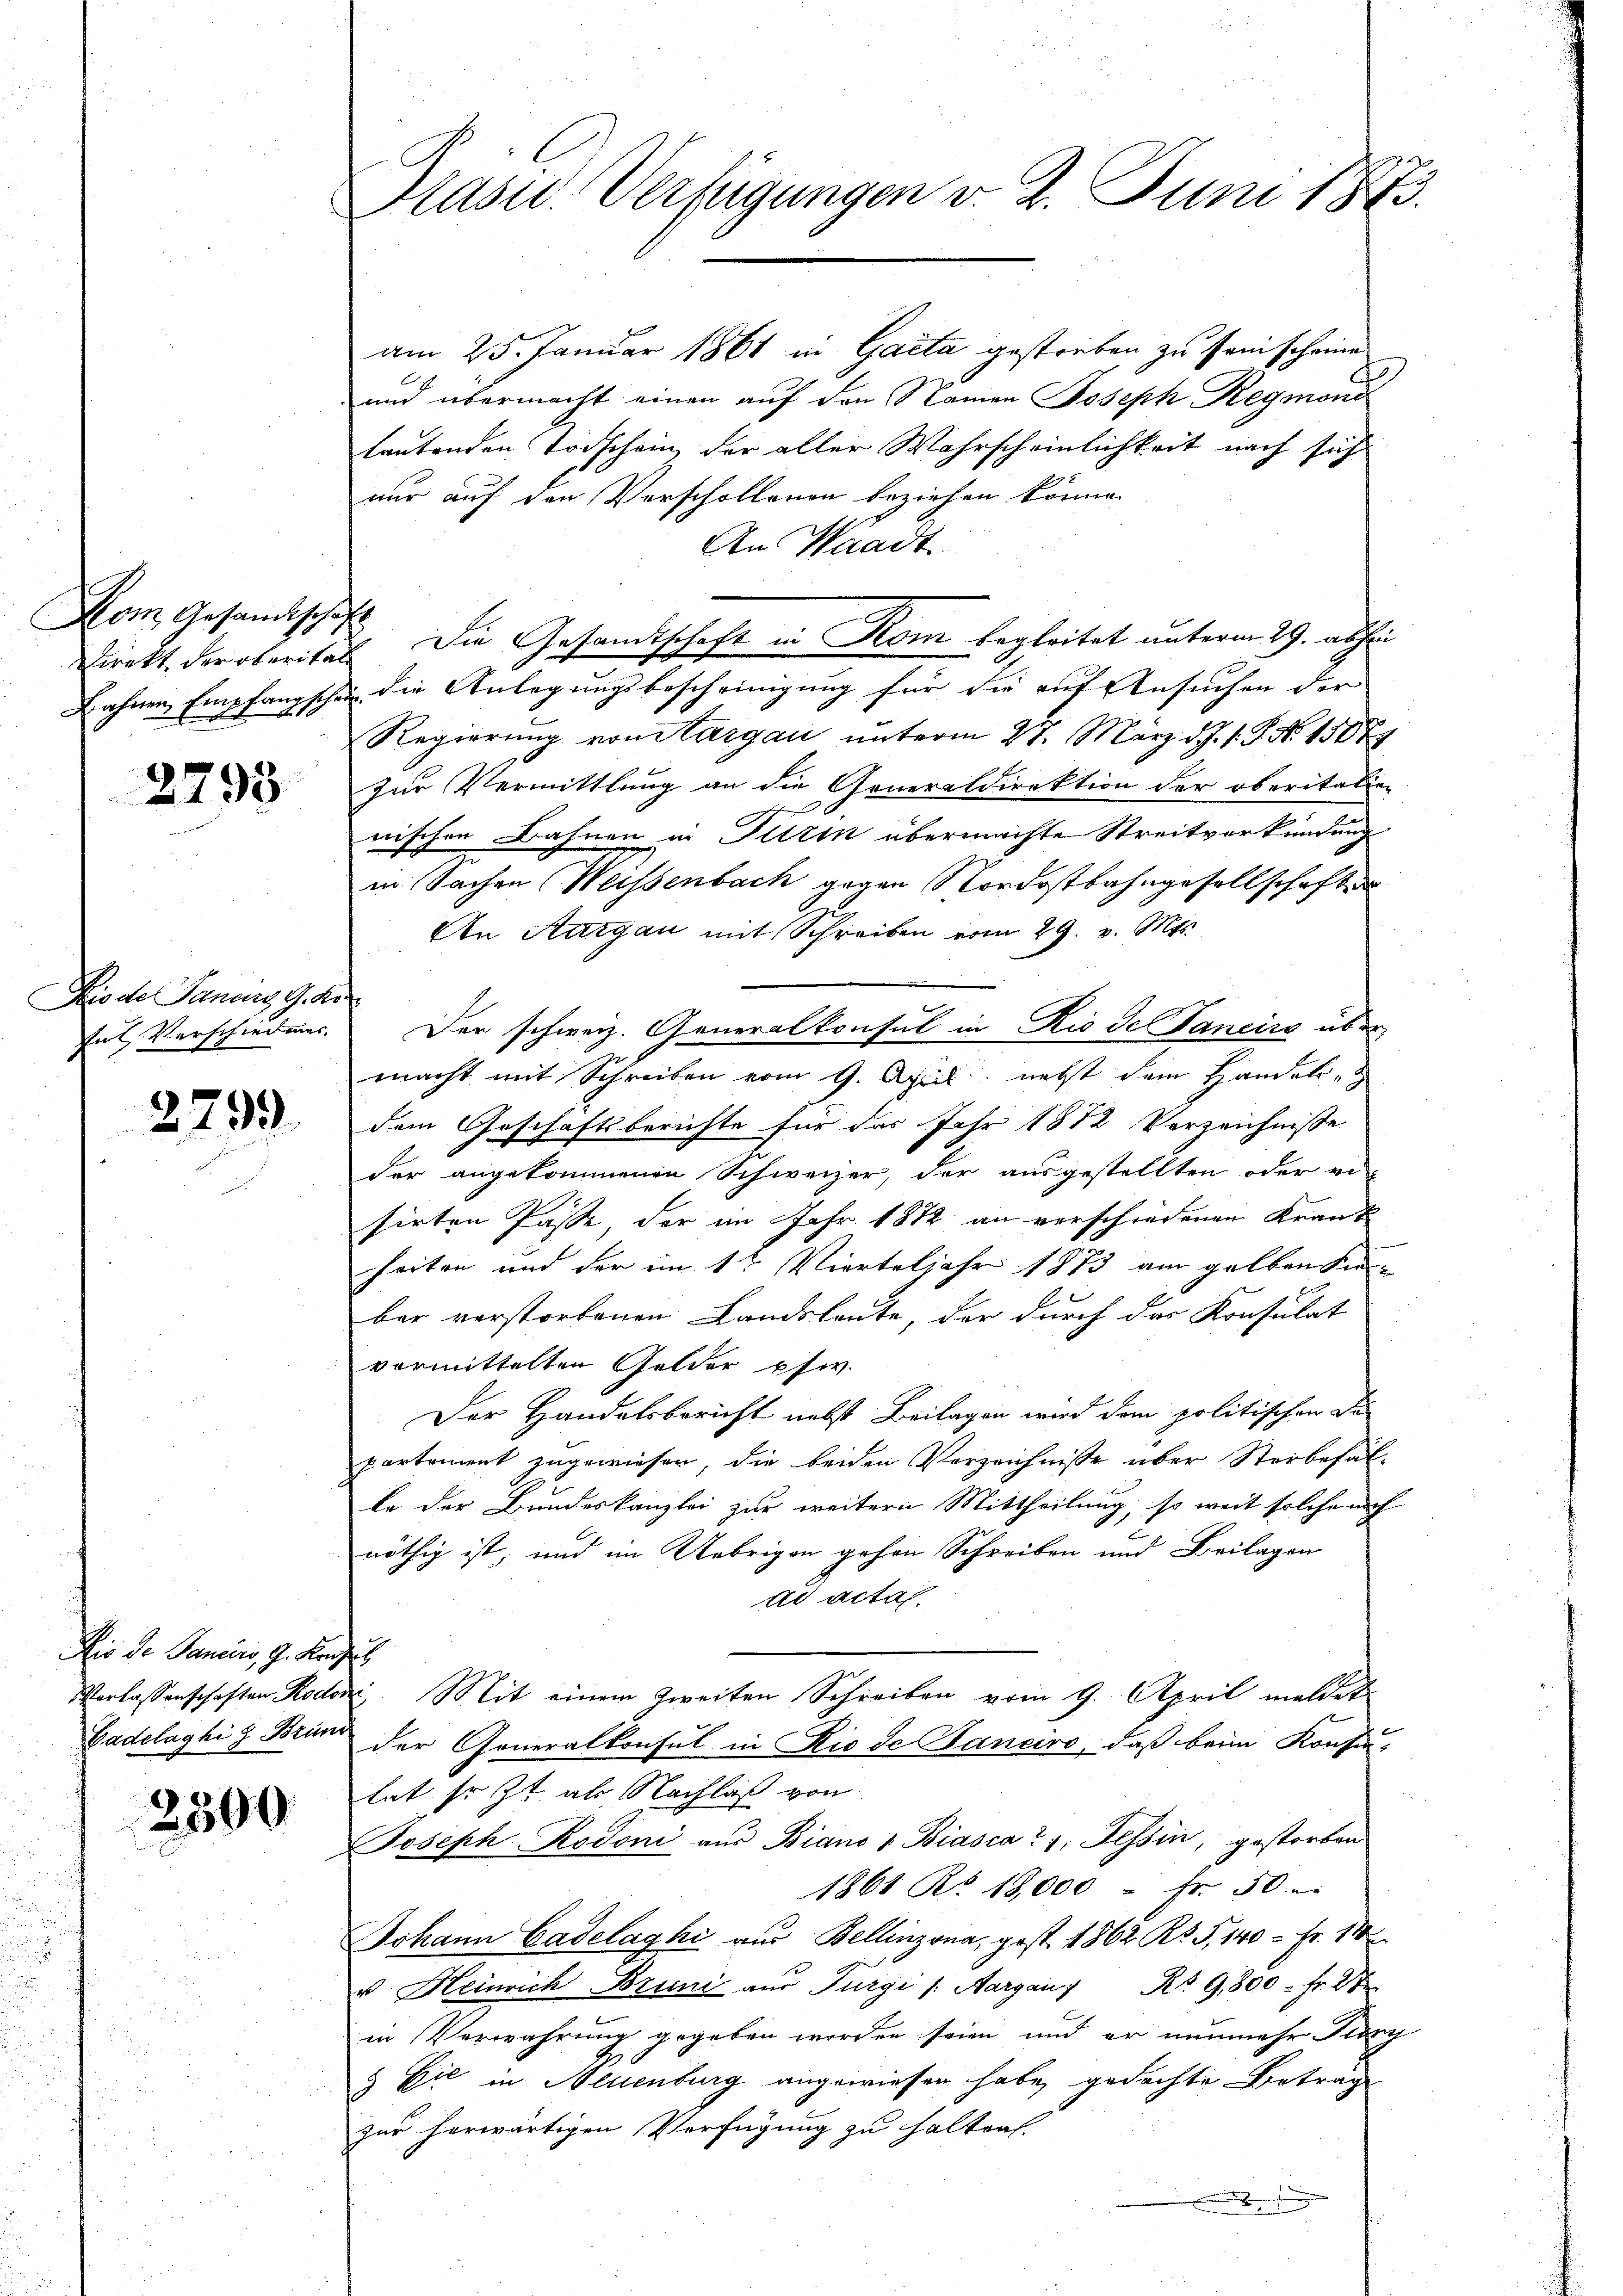
Hom Gesandtschaft

2793

Fio der Janus G. K.

2799

Ris de Pancirs, G. Konzes

2390

f

am 25. Januar 1861 in Gacta gestreben zu senscheine
und übermacht einen auf den Namen Joseph Regmond
lautenden Todschein, der aller Wahrscheinlichkeit nach sich
nur auf den Verschollenen beziehen könne.
An Waadt
Direkt der oberitat. Die Gesandtschaft in Rom begleitet unterm 29. abhin
Lahnen Empfangschen die Anlegungsbescheinigung für die auf Ansuchen der
Regierŭng vom targau ŭnterm 27. März d. J. 1. P. Nr. 1507
zur Vermittlung an die Generaldirektion der oberitalien
nischen Bahnen in Turin übermachte Streitverkündung
in Sachen Weissenbach gegen Nordostbahngesellschaften
An Aargau mit Schreiben vom 29. v. Mts.
sul Verschiedung. Der schweiz. Generalkonsul in Rio de Janeiro über
macht mit Schreiben vom 9. April, nebst dem Handels-
dem Geschäftsberichte für das Jahr 1812 Verzeichnisse
der angekommenen Schweizer, der ausgestellten oder ersirten Pässe, der im Jahr 1872 an verschiedenen Krank
heiten und der im 1t Vierteljahr 1873 am gelben Sieber verstorbenen Landsleute, der durch das Konsulat
vormittelten Gelder psw.
Der Handelsbericht nebst Beilagen wird dem politischen De
partement zugewieser, die beiden Verzeichnisse über Sterbefäl-
lo der Bundeskanzlei zur weitern Mittheilung, so weit solche auch
nöthig ist, und im Uebrigen gehen Schreiben und Beilagen
dd acta
Verlassenschaften Rodorz. Mit einem Zweiten Schreiben vom 9. April meldet
Badelaghi z Brand der Generalkonsul in Rio de Hanciro, daß beim Konsentat, so zu als Nachlaß von
Joseph Rodoni aus Biano 1 Biasca 7, Tessin, gestorben
1861 Ro. 18,000 - Fr. 50.
Johann Cadelaghi aus Bellinzona, gest. 1862 Rp. 5, 140 - Fr. 14
u. Heinrich Bruni aus Furgi /: Aargau) Rt. 9800. fr. 27
in Verwahrung gegeben worden seien und er nunmehr Juny
& Cie in Neuenburg angewiesen habe, gedachte Betrag
zur herwärtigen Verfügung zu halten.

Präsid. Verfügungen v. 2. Juni 1873.